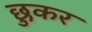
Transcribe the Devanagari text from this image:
छुकर